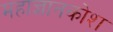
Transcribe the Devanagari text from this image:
महाज्ञानकोश